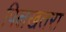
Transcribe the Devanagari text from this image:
पिलखतरा